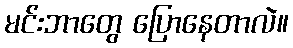
မင်းဘာတွေ ပြောနေတာလဲ။